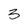
Character: 3